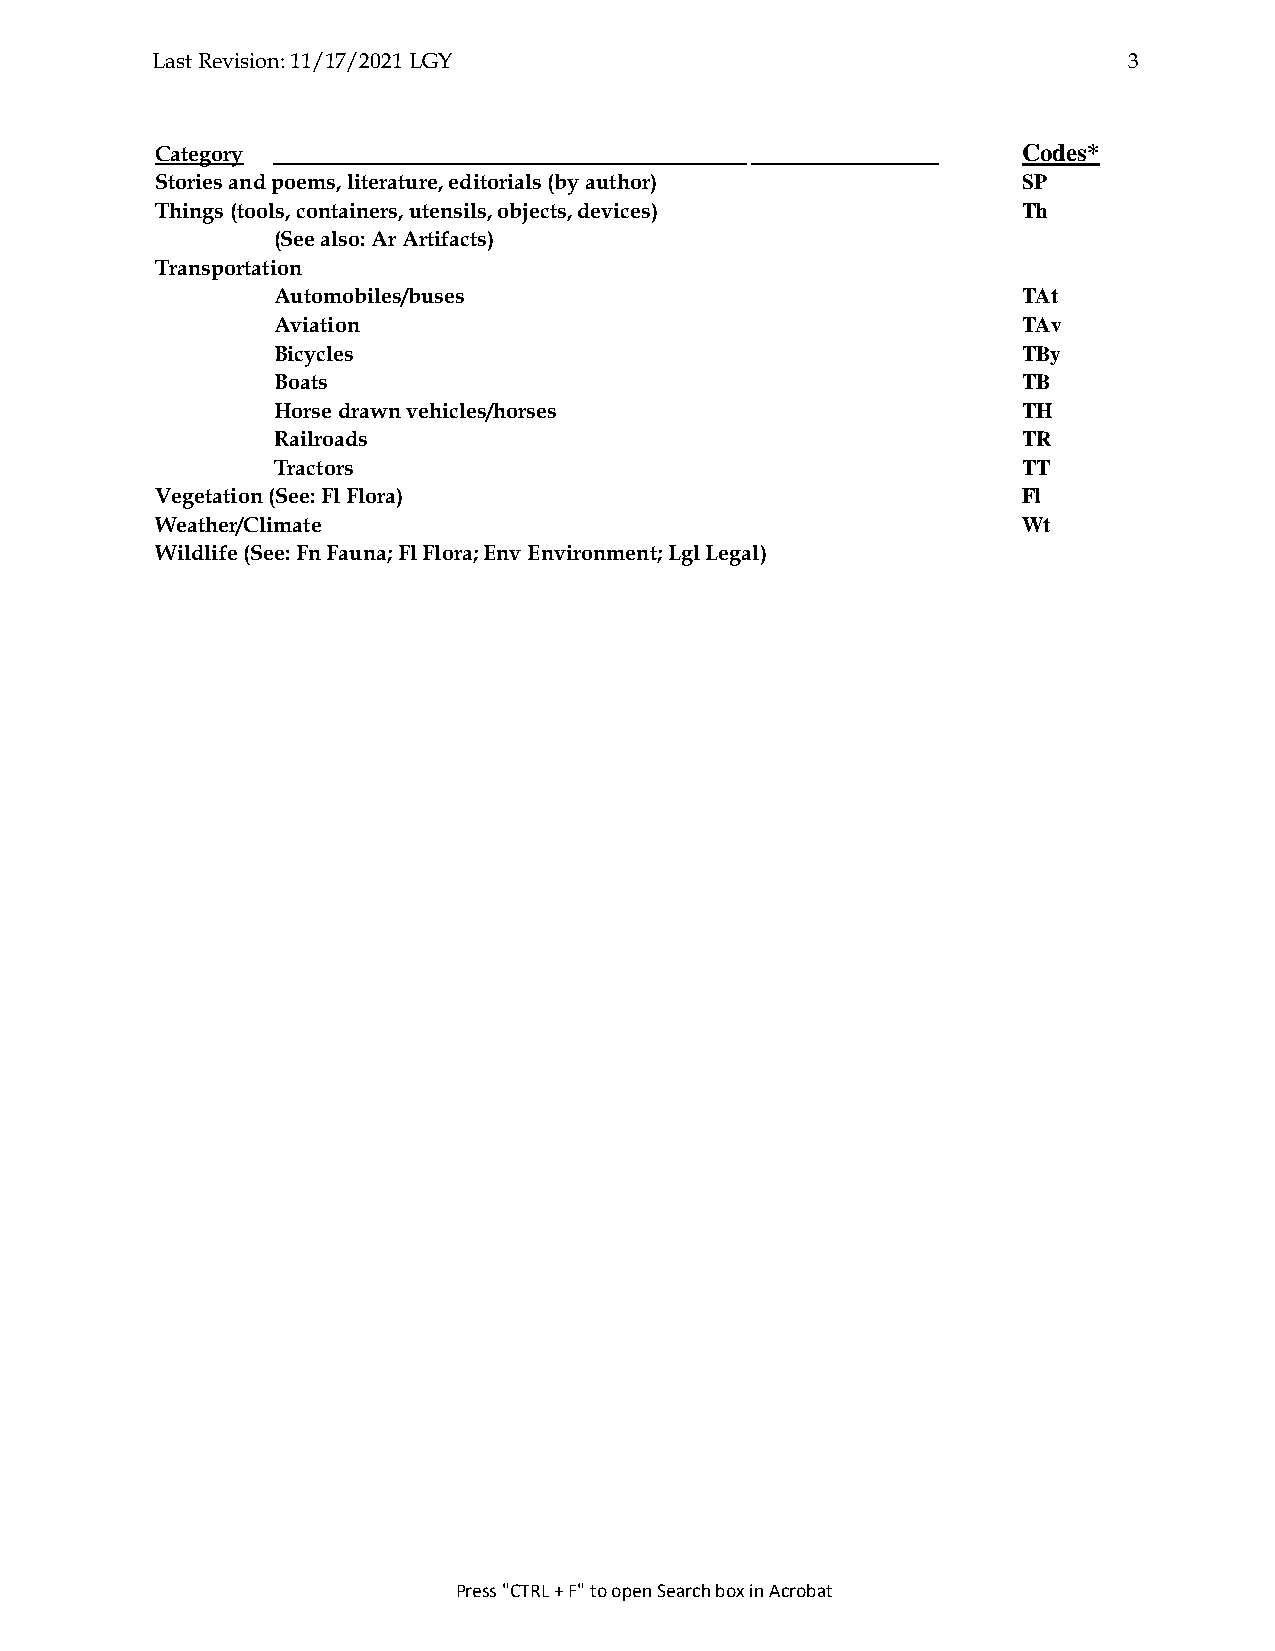
Last Revision: 11/17/2021 LGY                                    3
 Category                                   .              Codes*
 Stories and poems, literature, editorials (by author)     SP
 Things (tools, containers, utensils, objects, devices)    Th
 (See also: Ar Artifacts)
 Transportation
 Automobiles/buses                                 TAt
 Aviation                                          TAv
 Bicycles                                          TBy
 Boats                                             TB
 Horse drawn vehicles/horses                       TH
 Railroads                                         TR
 Tractors                                          TT
 Vegetation (See: Fl Flora)                                Fl
 Weather/Climate                                           Wt
 Wildlife (See: Fn Fauna; Fl Flora; Env Environment; Lgl Legal)
 Press "CTRL + F" to open Search box in Acrobat